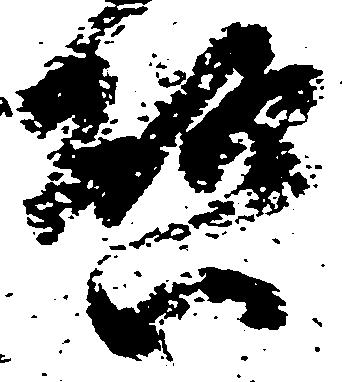
啓